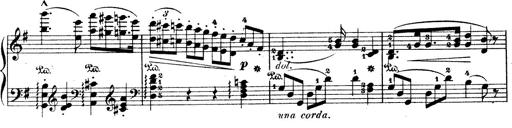
Title: Wagner-Liszt Album
Composer: Franz Liszt